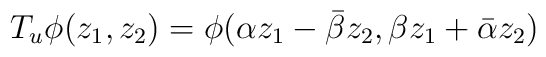
T_{u}\phi(z_{1},z_{2})=\phi(\alpha z_{1} - \bar{\beta} z_{2},      \beta z_{1} + \bar{\alpha} z_{2})